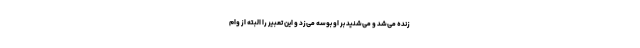
زنده می‌شد و می‌شنید بر او بوسه می‌زد و این تعبیر را البته از وام